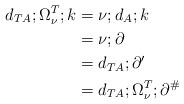
LaTeX: \begin{align*}d_{TA};\Omega_\nu^T;k &= \nu;d_A;k \\ &= \nu;\partial \\ &= d_{TA};\partial ' \\ &= d_{TA};\Omega_\nu^T;\partial^{\#} \end{align*}